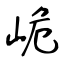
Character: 峗